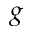
g